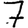
Digit: 7